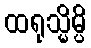
ထရုသ္မိမ္ပိ